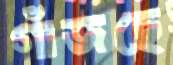
গাঁজছে